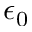
\epsilon _ { 0 }